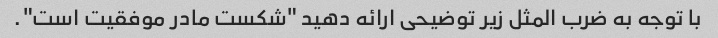
با توجه به ضرب المثل زیر توضیحی ارائه دهید "شکست مادر موفقیت است".